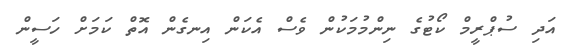
އަދި ސުޕްރީމް ކޯޓުގެ ނިންމުމަކުން ވެސް އެކަން އިނގެން އޮތް ކަމަށް ހަސީން